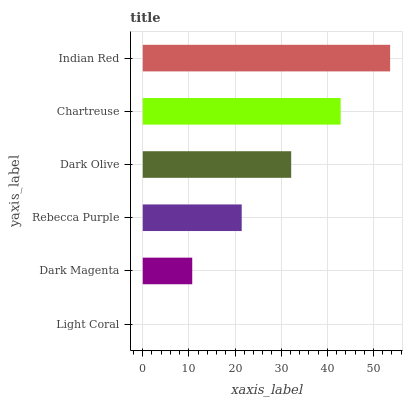
| yaxis_label | bars |
 | --- | --- |
 | Light Coral | 0 |
 | Dark Magenta | 10.7 |
 | Rebecca Purple | 21.4 |
 | Dark Olive | 32.2 |
 | Chartreuse | 42.9 |
 | Indian Red | 53.6 |